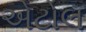
એટોલ